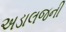
અડાલજની